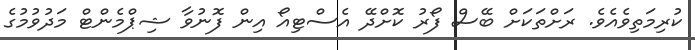
ކުރިމަތިވެއެވެ. ރަށްތަކަށް ބޭސް ފޯރު ކޮށްދޭ އެސްޓިއޯ އިން ފޮނުވާ ޝިޕްމެންޓް މަދުވުމުގެ